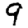
Digit: 9